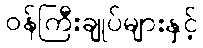
ဝန်ကြီးချုပ်များနှင့်